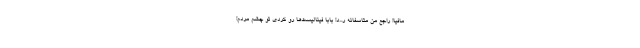
مافیا! راجع من متاسفانه ر...د! بابا فینالیست‌ها رو کردی تو چشم مردم!